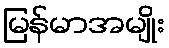
မြန်မာအမျိုး